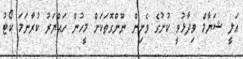
އަލީ ޝަޔާމް ވިދާޅުވީ ކުށުގެ ވެށިން ނޫންގޮތަކަށް މީހުން ހައްޔަރު ކުރާނަމަ ކޯޓު